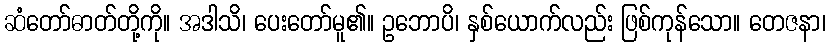
ဆံတော်ဓာတ်တို့ကို။ အဒါသိ၊ ပေးတော်မူ၏။ ဥဘောပိ၊ နှစ်ယောက်လည်း ဖြစ်ကုန်သော။ တေဇနာ၊